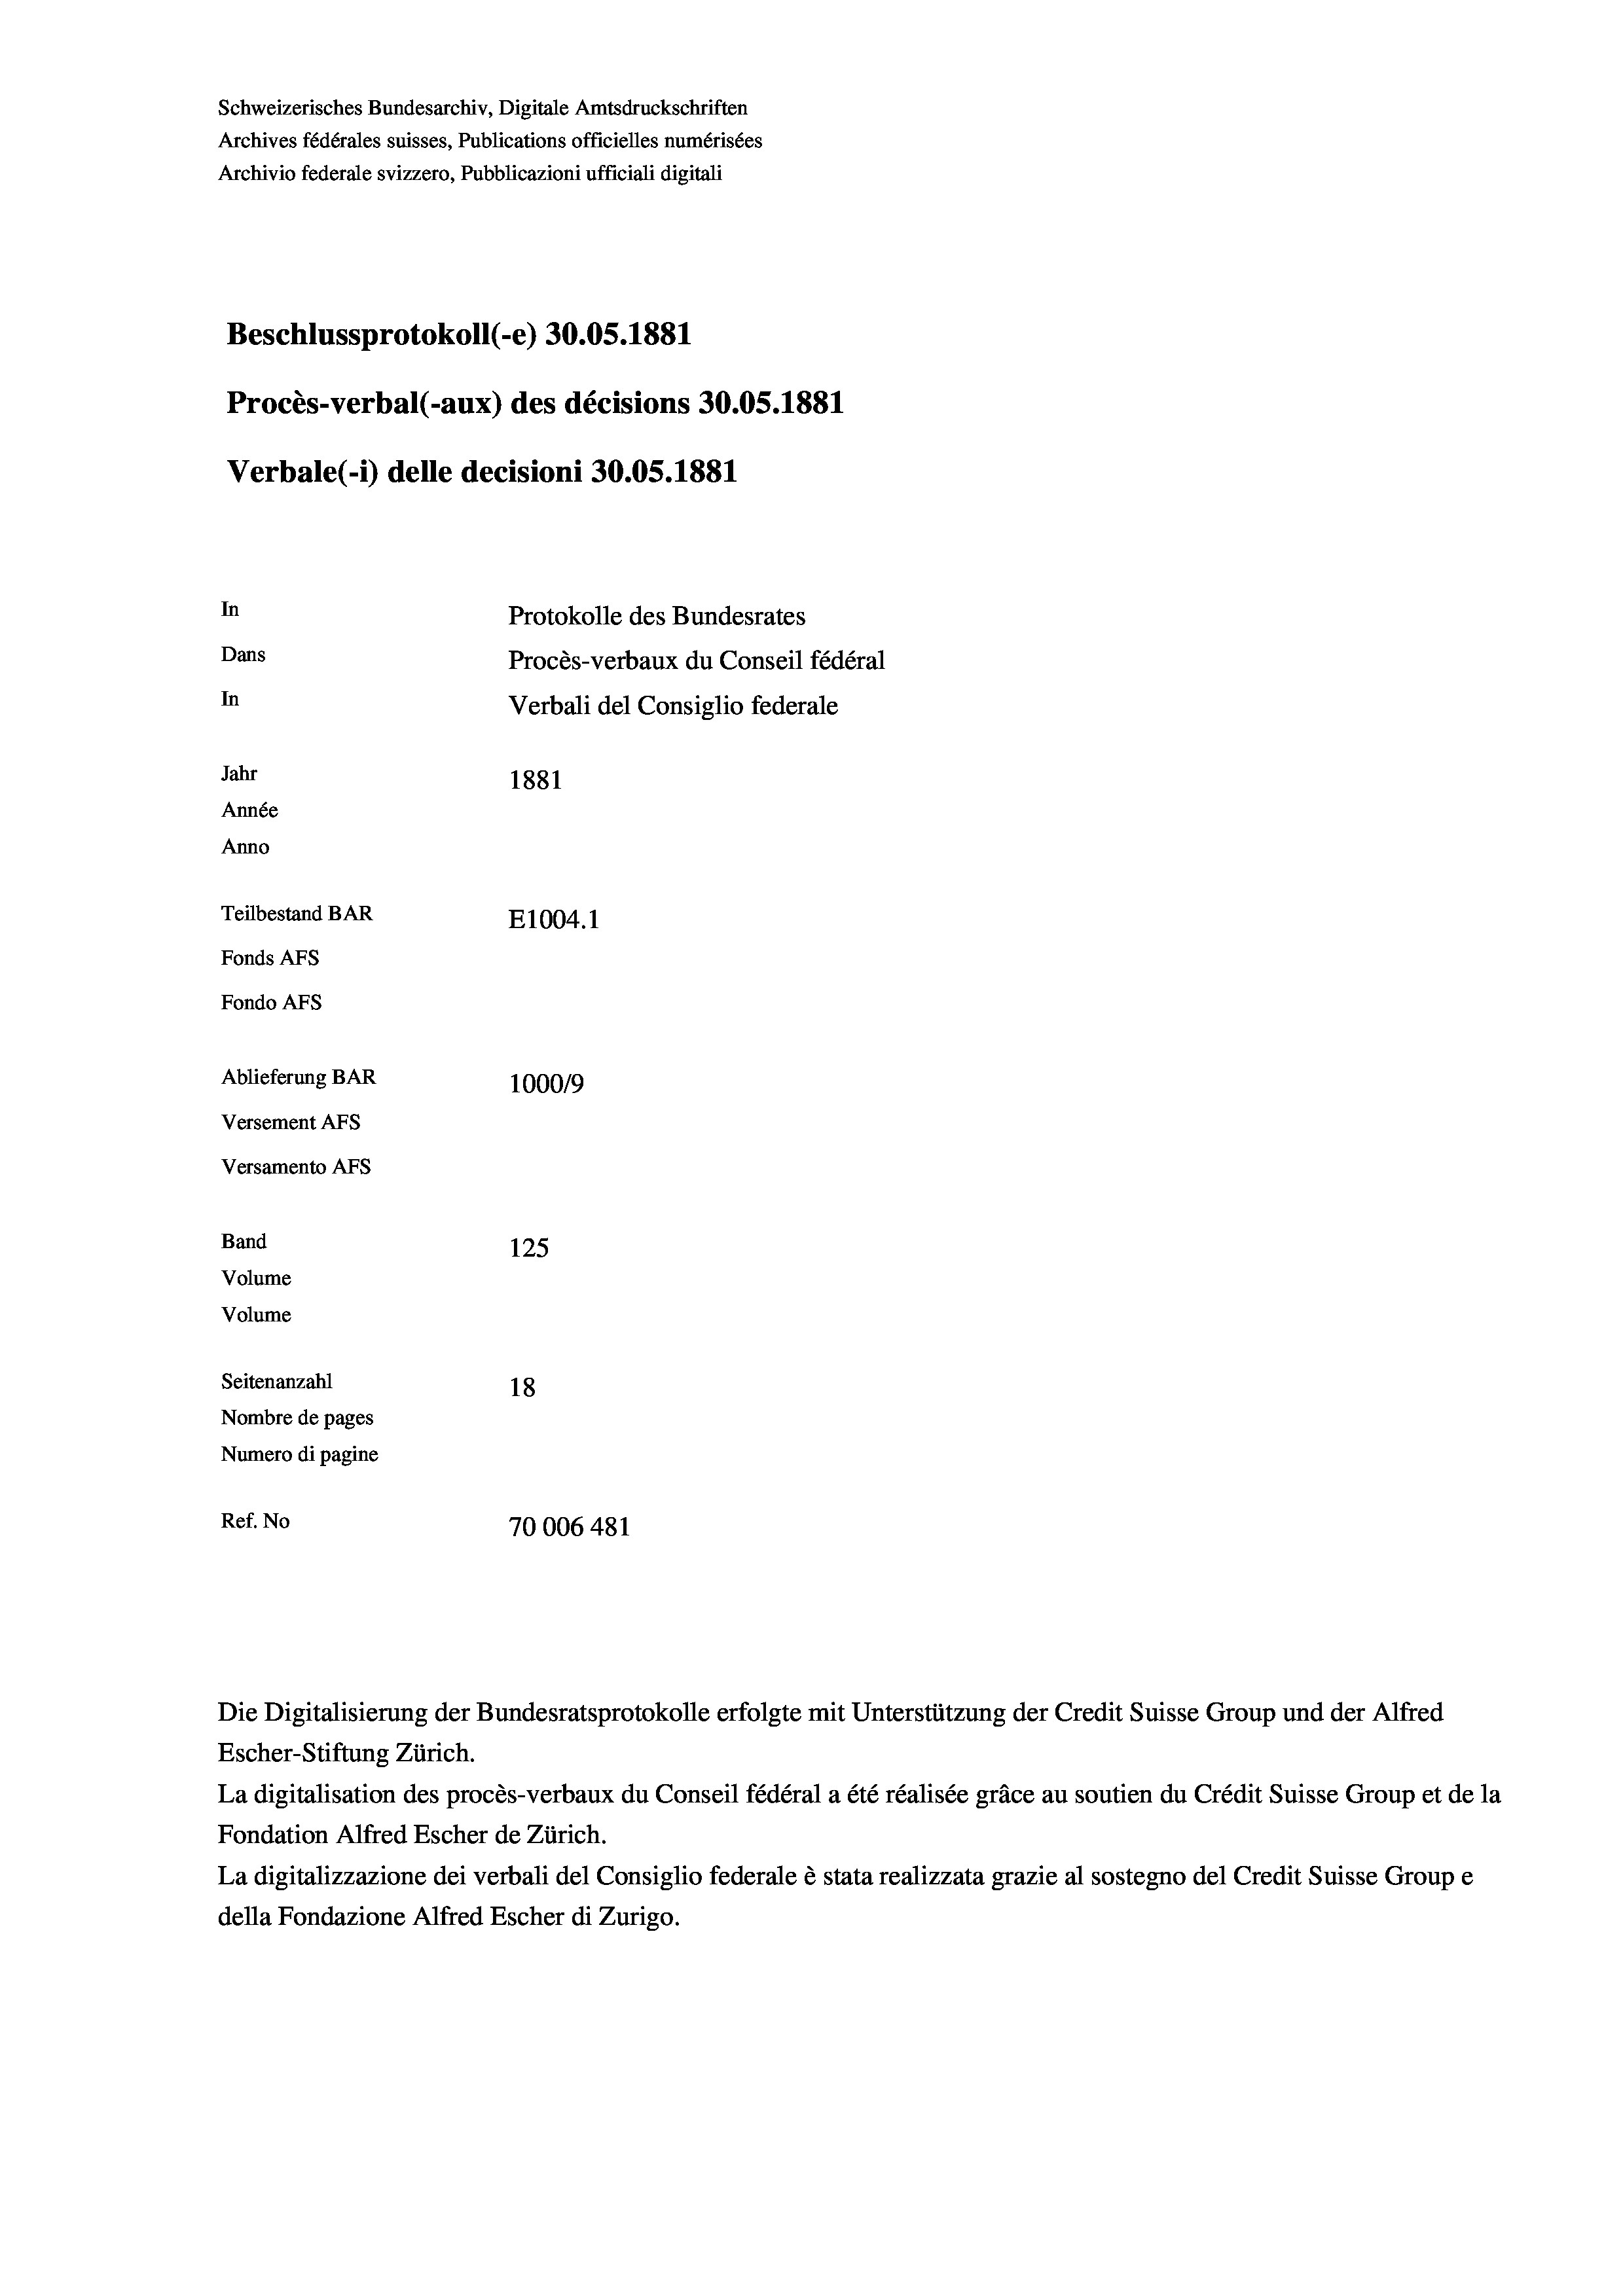
Schweizerisches Bundesarchiv, Digitale Amtsdruckschriften
Archives fédérales suisses, Publications officielles numérisées
Archivio federale svizzero, Pubblicazioni ufficiali digitali
Beschlussprotokoll (-e) 30.05. 1881
Procès-verbal (-aux) des décisions 30.05. 1881
Verbale (i) delle decisioni 30.05. 1881
In
Protokolle des Bundesrates
Dans
Procès-verbaux du Conseil fédéral
In
Verbali del Consiglio federale
Jahr
1881
Année
Anno
Teilbestand BAR
E1004.1
Fonds AEs
Fondo AFs
Ablieferung BAR
100019
Versement AFS
Versamento AFS
Band
125
Volume
Volume
Seitenanzahl
18
Nombre de pages
Numero di pagine
Ref. No
70006 481

Die Digitalisierung der Bundesratsprotokolle erfolgte mit Unterstützung der Credit Suisse Group und der Alfred
Escher-Stiftung Zürich.
La digitalisation des procès-verbaux du Conseil fédéral a été réalisée gräce au soutien du Crédit Suisse Group et de la
Fondation Alfred Escher de Zürich.
La digitalizzazione dei verbali del Consiglio federale è stata realizzata grazie al sostegno del Credit Suisse Groupe
della Fondazione Alfred Escher di Zurigo.